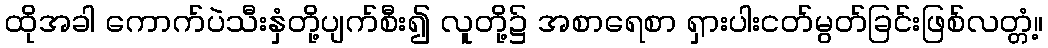
ထိုအခါ ကောက်ပဲသီးနှံတို့ပျက်စီး၍ လူတို့၌ အစာရေစာ ရှားပါးငတ်မွတ်ခြင်းဖြစ်လတ္တံ့။